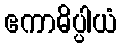
ဧကာဓိပ္ပါယံ